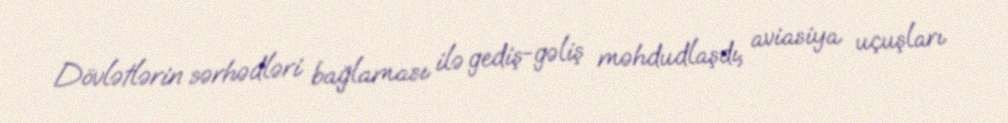
Dövlətlərin sərhədləri bağlaması ilə gediş-gəliş məhdudlaşdı, aviasiya uçuşları